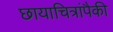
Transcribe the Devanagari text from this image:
छायाचित्रांपैकी